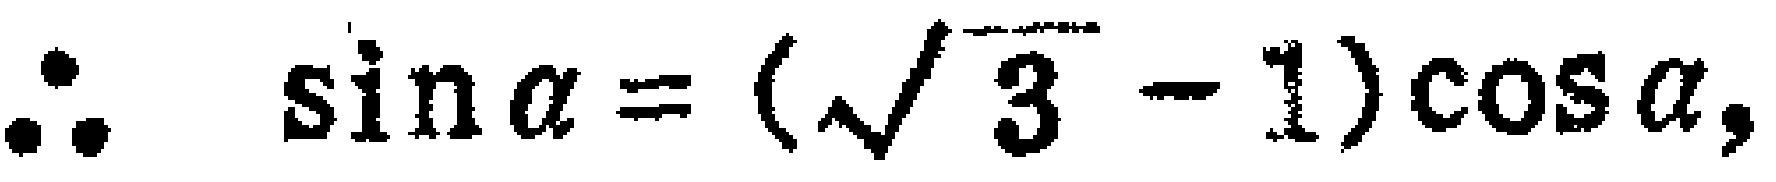
\(\therefore \sin \alpha = (\sqrt{3} - 1)\cos \alpha,\)